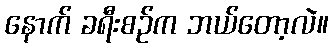
နောက် ခရီးစဉ်က ဘယ်တော့လဲ။